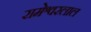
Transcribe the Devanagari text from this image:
रामेश्वरलाल